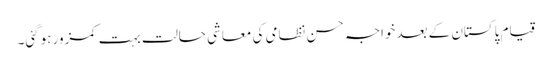
قیام پاکستان کے بعدخواجہ حسن نظامی کی معاشی حالت بہت کمزور ہوگئی۔